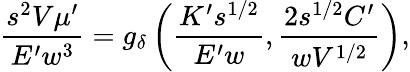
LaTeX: \frac{s^{2}V\mu^{\prime}}{E^{\prime}w^{3}}=g_{\delta}\left(\frac{K^{\prime}s^{1/2}}{E^{\prime}w},\frac{2s^{1/2}C^{\prime}}{wV^{1/2}}\right),